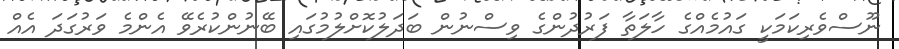
ނޫސްވެރިކަމަކީ ގައުމެއްގެ ހާލަތާ ފަރުދުންގެ ވިސްނުން ބަދަލުކޮށްލުމުގައި ބޭނުންކުރެވޭ އެންމެ ވަރުގަދަ އެއް